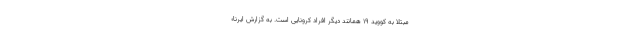
مبتلا به کووید ۱۹ همانند دیگر افراد کرونایی است. به گزارش ایرنا؛